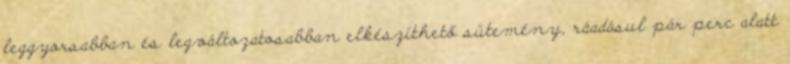
leggyorsabban és legváltozatosabban elkészíthető sütemény, ráadásul pár perc alatt